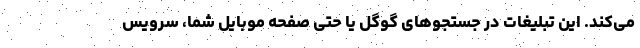
می‌کند. این تبلیغات در جستجو‌های گوگل یا حتی صفحه موبایل شما، سرویس